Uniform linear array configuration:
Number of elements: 16
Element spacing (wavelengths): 0.25
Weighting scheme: blackman
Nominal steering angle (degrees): -60
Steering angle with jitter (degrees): -59.223
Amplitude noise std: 0.05
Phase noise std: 0.05

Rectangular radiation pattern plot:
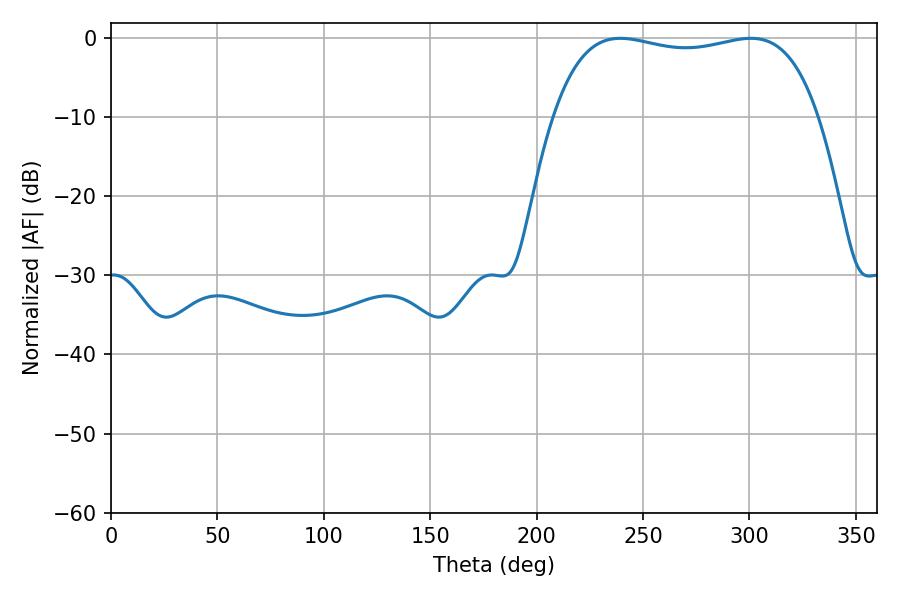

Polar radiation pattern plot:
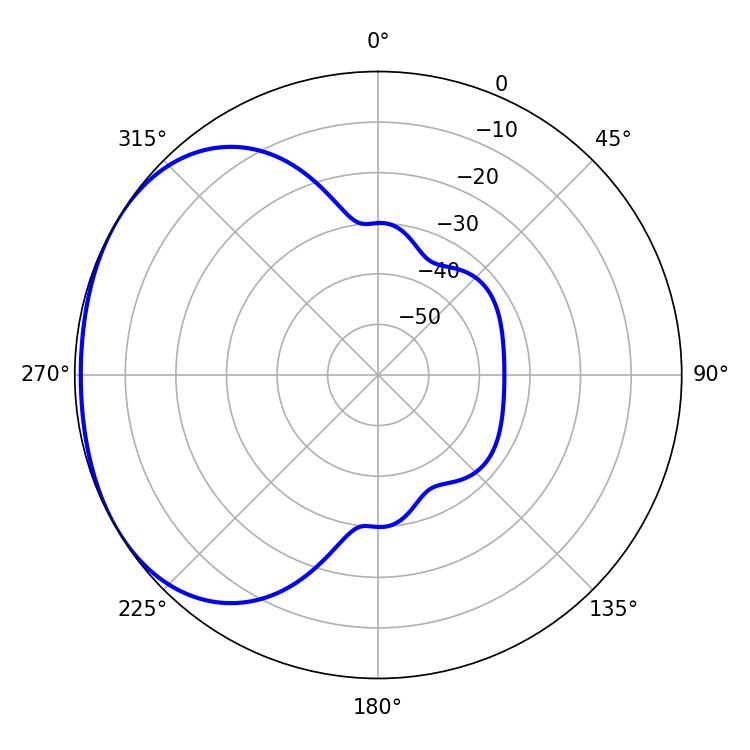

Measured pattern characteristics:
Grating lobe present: FALSE
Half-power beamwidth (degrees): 100.44
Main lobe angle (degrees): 239.4